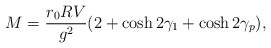
\begin{align*}M = {r_0 RV \over g^2}(2+\cosh 2\gamma_1 + \cosh2\gamma_p),\end{align*}